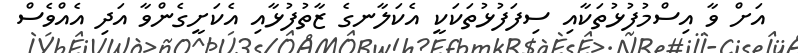
އަށް ވާ އިސްމުފުޅުތަކާއި ސިފަފުޅުތަކަކީ އެކަލާނގެ ޒާތުފުޅާއި އެކަށީގެންވާ އަދި އެއްވެސް